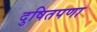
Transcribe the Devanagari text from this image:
दुषितपणा